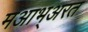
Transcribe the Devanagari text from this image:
मआभ्अरत